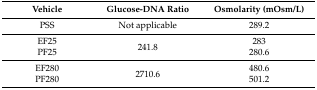
| Vehicle | Glucose-DNA Ratio | Osmolarity (mOsm/L) |
 | --- | --- | --- |
 | PSS | Not applicable | 289.2 |
 | EF25 | <ROWSPAN=2> 241.8 | 283 |
 | PF25 | 280.6 |
 | EF280 | <ROWSPAN=2> 2710.6 | 480.6 |
 | PF280 | 501.2 |